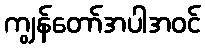
ကျွန်တော်အပါအဝင်